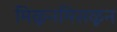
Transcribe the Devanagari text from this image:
मिळूनमिसळून